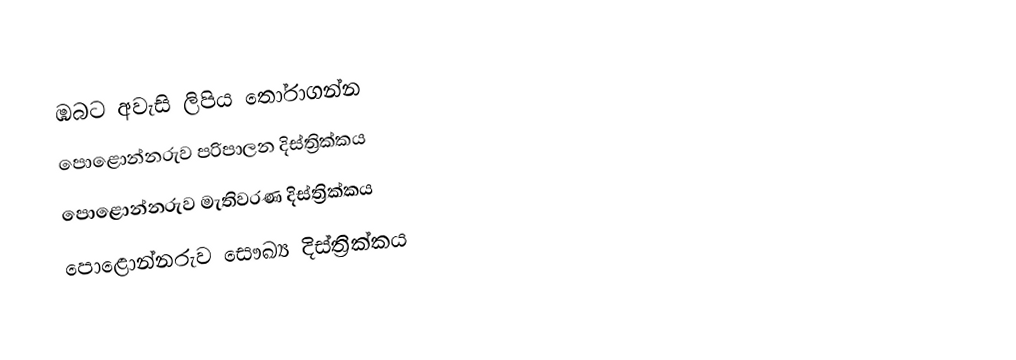
ඹබට අවැසි ලිපිය තෝරාගන්න
 පොළොන්නරුව පරිපාලන දිස්ත්‍රික්කය
 පොළොන්නරුව මැතිවරණ දිස්ත්‍රික්කය
 පොළොන්නරුව සෞඛ්‍ය දිස්ත්‍රික්කය